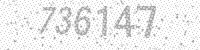
Solution: 736147